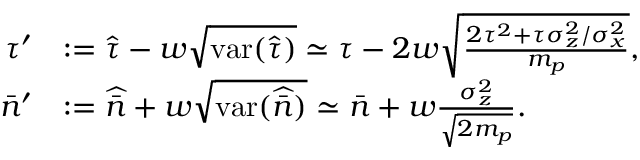
\begin{array} { r l } { \tau ^ { \prime } } & { : = \hat { \tau } - w \sqrt { \mathrm { v a r } ( \hat { \tau } ) } \simeq \tau - 2 w \sqrt { \frac { 2 \tau ^ { 2 } + \tau \sigma _ { z } ^ { 2 } / \sigma _ { x } ^ { 2 } } { m _ { p } } } , } \\ { \bar { n } ^ { \prime } } & { : = \widehat { \bar { n } } + w \sqrt { \mathrm { v a r } ( \widehat { \bar { n } } ) } \simeq \bar { n } + w \frac { \sigma _ { z } ^ { 2 } } { \sqrt { 2 m _ { p } } } . } \end{array}